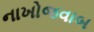
નાખોજવાબ